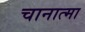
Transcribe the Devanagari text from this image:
चानात्मा